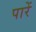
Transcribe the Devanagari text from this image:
पारें